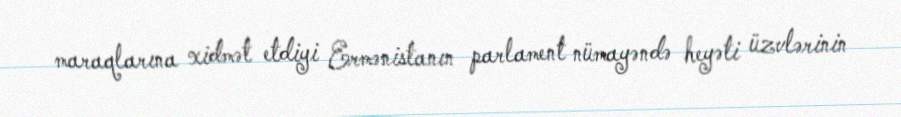
maraqlarına xidmət etdiyi Ermənistanın parlament nümayəndə heyəti üzvlərinin